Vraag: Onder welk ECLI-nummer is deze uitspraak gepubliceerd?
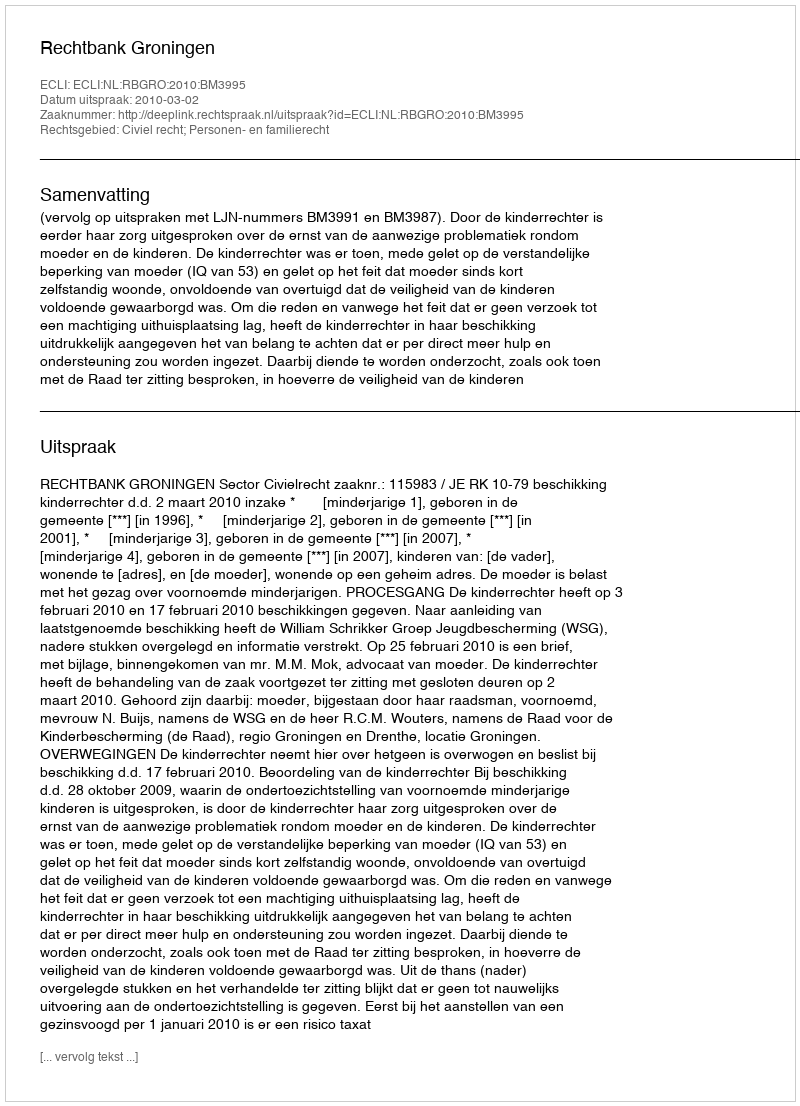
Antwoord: ECLI:NL:RBGRO:2010:BM3995